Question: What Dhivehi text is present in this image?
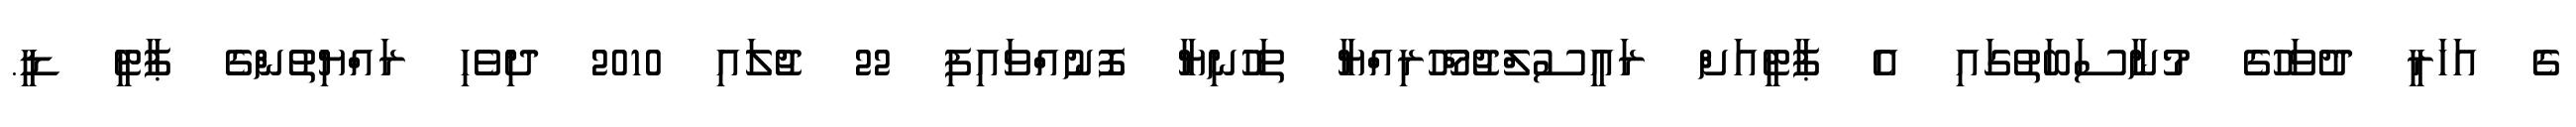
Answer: ގެ އަހަރީ ދުވަހުގެ މުނާސަބަތުގައި އެ ޕާޓީއަށް ރައީސުލްޖުމްހޫރިއްޔާ ތަހުނިޔާ ފޮނުއްވައިފި 22 ޖުލައި 2010 ދިވެހި ރައްޔިތުންގެ ޕާޓީ ޑީ.